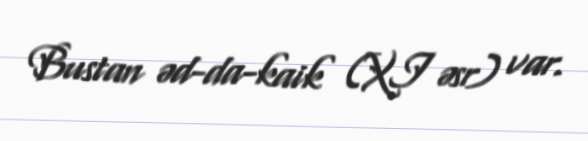
Bustan əd-da-kaik (XI əsr) var.